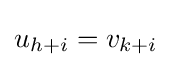
u_{h+i}=v_{k+i}